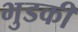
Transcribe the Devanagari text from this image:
भुडकी